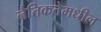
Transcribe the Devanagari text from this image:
नैतिकतेमधील